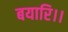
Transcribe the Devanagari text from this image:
बयारि।।